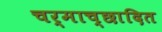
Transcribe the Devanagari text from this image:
चर्माच्छादित